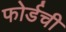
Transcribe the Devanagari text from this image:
फोर्डची